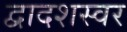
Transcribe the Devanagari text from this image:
द्वादशस्वर